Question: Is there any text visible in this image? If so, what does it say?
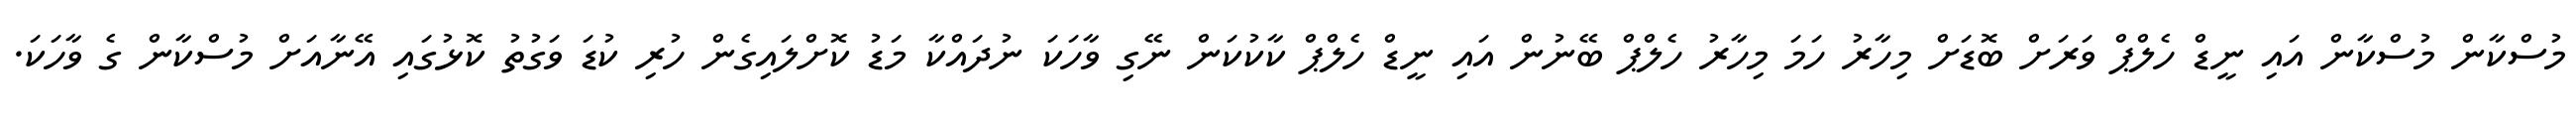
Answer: މުސްކާން މުސްކާން އައި ނީޑް ހެލްޕް ވަރަށް ބޮޑަށް މިހާރު ހަމަ މިހާރު ހެލްޕް ބޭނުން އައި ނީޑް ހެލްޕް ކާކުކަން ނޭގި ވާހަކަ ނުދައްކާ މަޑު ކޮށްލައިގެން ހުރި ކުޑަ ވަގުތު ކޮޅުގައި އޭނާއަށް މުސްކާން ގެ ވާހަކަ.